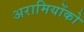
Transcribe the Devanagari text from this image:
अरामियोंको